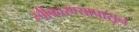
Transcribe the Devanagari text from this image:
स्वीकारण्यापासून